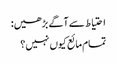
احتیاط سے آگے بڑھیں:
تمام مائع کیوں نہیں؟